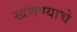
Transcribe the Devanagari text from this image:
खणण्याचे